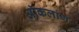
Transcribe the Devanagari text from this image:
ऑकलांग